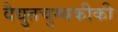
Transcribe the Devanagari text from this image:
वैद्युतचुम्बकीकी